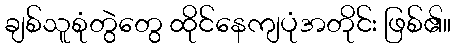
ချစ်သူစုံတွဲတွေ ထိုင်နေကျပုံအတိုင်း ဖြစ်၏။